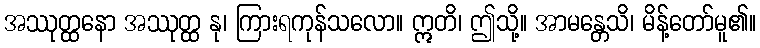
အဿုတ္ထနော အဿုတ္ထ နု၊ ကြားရကုန်သလော။ ဣတိ၊ ဤသို့။ အာမန္တေသိ၊ မိန့်တော်မူ၏။